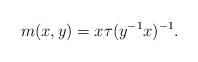
LaTeX: \begin{align*}m(x,y)=x\tau(y^{-1}x)^{-1}.\end{align*}